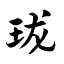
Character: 珑